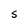
Character: S